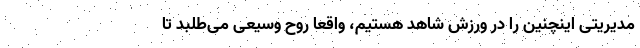
مدیریتی اینچنین را در ورزش شاهد هستیم، واقعاً روح وسیعی می‌طلبد تا